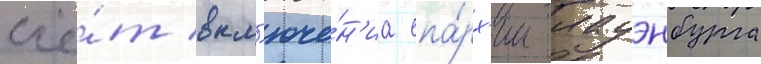
счё́т вкл'юче́н'иа епа́рх'ии лауэнбурга